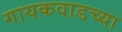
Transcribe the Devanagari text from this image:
गायकवाडच्या